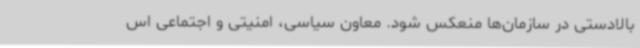
بالادستی در سازمان‌ها منعکس شود. معاون سیاسی، امنیتی و اجتماعی اس